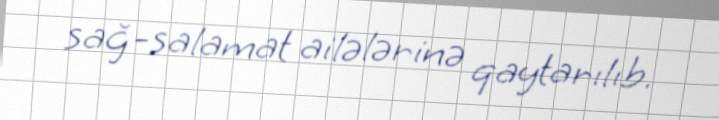
sağ-salamat ailələrinə qaytarılıb.